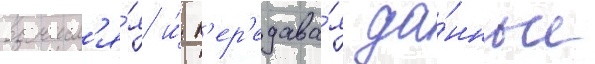
вычисл'я́я и́ п'ер'едава́я да́нные